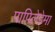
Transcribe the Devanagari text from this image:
पापिलेडेमा